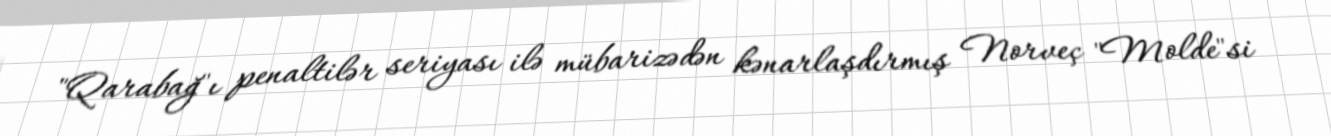
"Qarabağ"ı penaltilər seriyası ilə mübarizədən kənarlaşdırmış Norveç "Molde"si